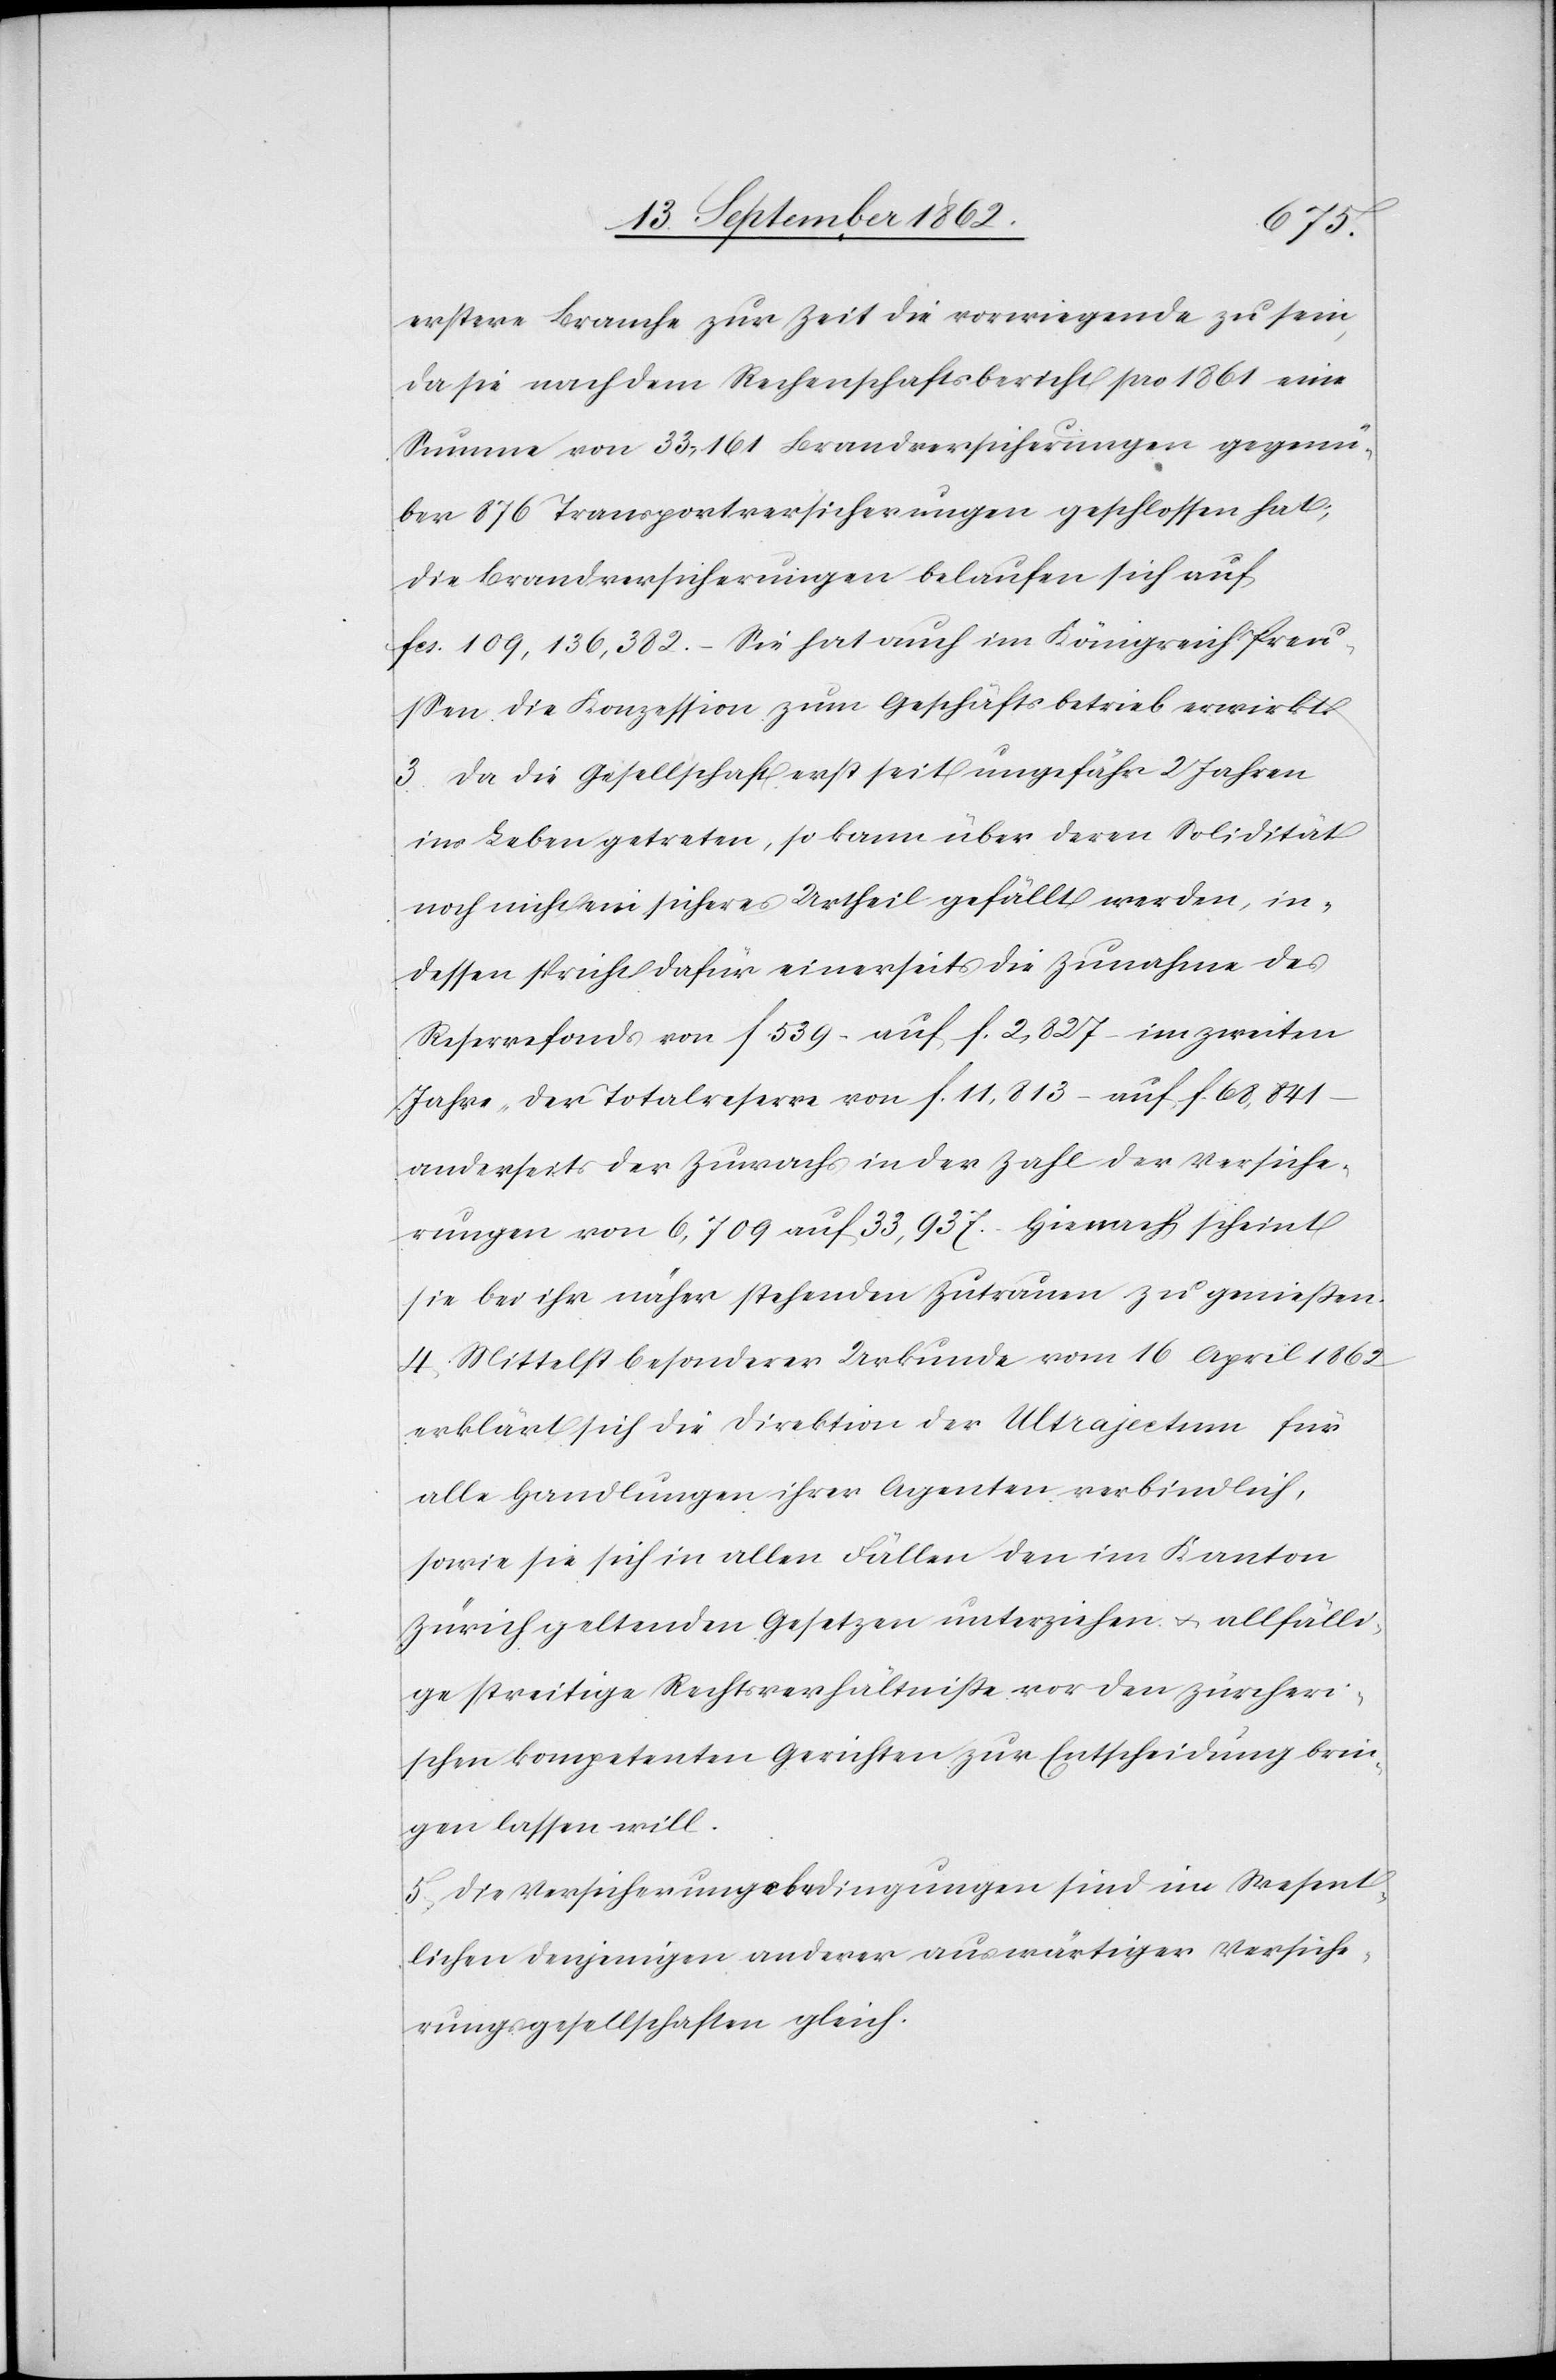
erstere Branche zur Zeit die vorwiegende zu sein,
da sie nach dem Rechenschaftsbericht pro 1861 eine
Summe von 33,161 Brandversicherungen gegenü¬
ber 876 Transportversicherungen belaufen sich
fcs.109,136,382. – Sie hat auch im Königreich Preu¬
ßen die Konzession zum Geschäftsbetrieb erwirkt.
3. Da die Gesellschaf erst seit ungefähr 2 Jahren
ins Leben getreten, so kann über deren Solidität
noch nicht ein sicheres Urtheil gefällt werden, in¬
dessen strich dafür einerseits die Zunahme des
Reservefonds von f. 539 auf f. 2,827 – im zweiten
Jahre der Totalreserve von f. 11,813 auf f. 68,841
anderseits der Zuwachs in der Zahl der Versiche¬
rungen von 6,709 auf 33,937. Hienach scheint
sie bei ihr näher stehenden Zutrauen zu genießen.
4. Mittelst besonderer Urkunde vom 16. April 1862
erklärt sich die Direktion der Ultrajectum für
alle Handlungen ihrer Agenten verbindlich,
sowie sie sich in allen Fällen den im Kanton
Zürich geltenden Gesetzes unterziehen u. allfälli¬
ge streitige Rechtsverhältniße vor den zürcheri¬
schen kompetenten Gerichte zur Entscheidung brin¬
gen lassen will.
5. Die Versicherungsbedingungen sind im Wesent¬
lichen denjenigen anderer auswärtiger Versiche¬
rungsgesellschaften gleich.